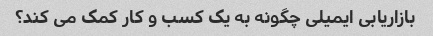
بازاریابی ایمیلی چگونه به یک کسب و کار کمک می کند؟